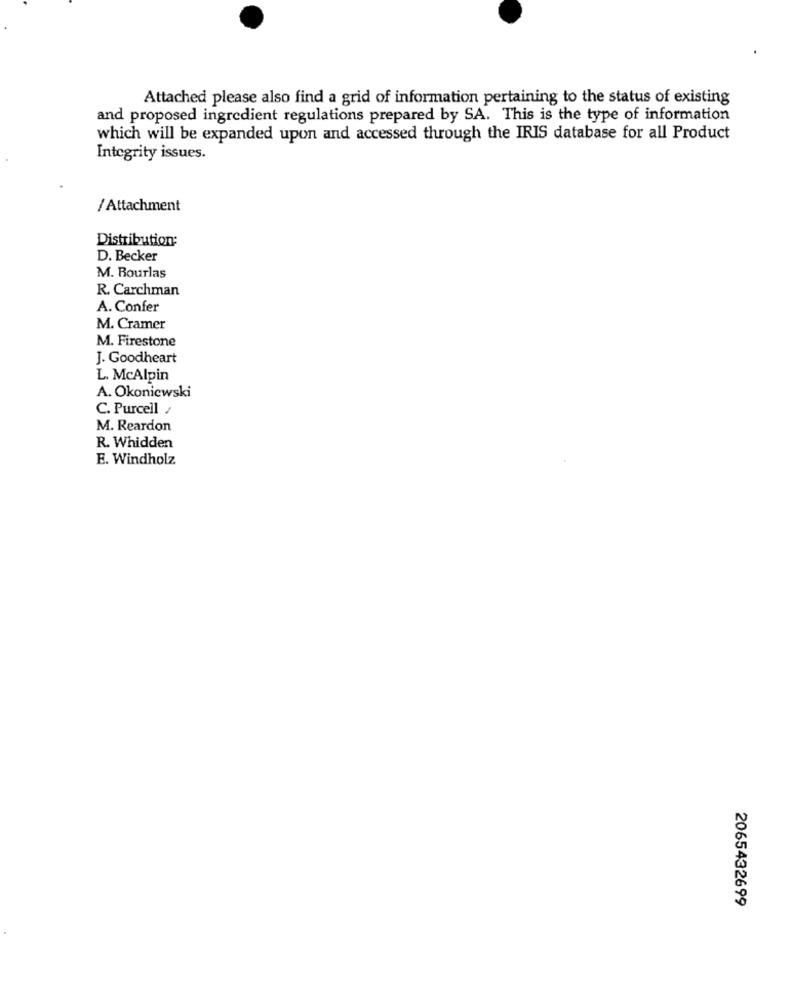
Attached please also find a grid of information pertaining to the status of existing
and proposed ingredient regulations prepared by SA. This is the type of information
which will be expanded upon and accessed through the IRIS database for all Product
Integrity issues.
/ Attachment
Distribution:
D. Becker
M. Rourlas
R. Carchman
A. Confer
M. Cramer
M. Firestone
J. Goodheart
L. McAlpin
A. Okoniewski
C. Purcell /
M. Reardon
R. Whidden
E. Windholz
2065432699